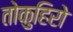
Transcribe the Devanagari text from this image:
तोकुहिरो